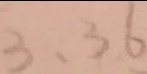
3 , 3 6